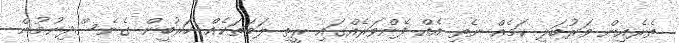
ތެރެއިން ވަރުބަލި ކަމެއް ނެތި އެއް ފެންވަރެއްގައި ރީތި ލަވަތަކެއް ހަރުބީން ގެނެސްދިނުމުން